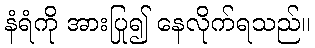
နံရံကို အားပြု၍ နေလိုက်ရသည်။